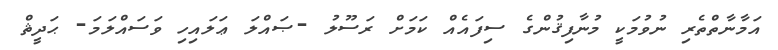
އަމާނާތްތެރި ނުވުމަކީ މުނާފިޤުންގެ ސިފައެއް ކަމަށް ރަސޫލު -ޞައްލަ ޢަލައިހި ވަސައްލަމަ- ޙަދީޘް